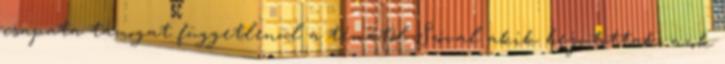
csapata támogat függetlenül a témától Szóval akik bejutottak, azok